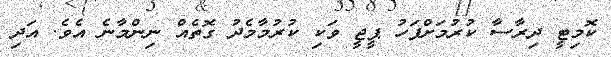
ކޮމިޓީ ދިރާސާ ކުރުމަށްފަހު ޕީޖީ ވަކި ކުރުމާމެދު ގޮތެއް ނިންމާނެ އެވެ. އަދި